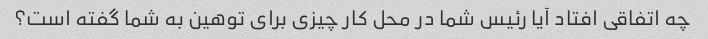
چه اتفاقی افتاد آیا رئیس شما در محل کار چیزی برای توهین به شما گفته است؟